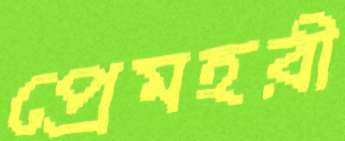
প্রেমহরী